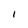
Character: 1